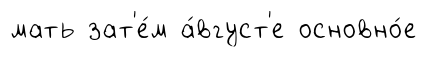
мать зат'е́м а́вгуст'е основно́е